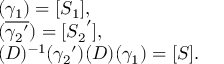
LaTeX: \left. \begin{array} { l } { { ( \gamma _ { 1 } ) = [ S _ { 1 } ] , } } \\ { { ( \overline { { { { \gamma _ { 2 } } ^ { \prime } } } } ) = [ { S _ { 2 } } ^ { \prime } ] , } } \\ { { ( D ) ^ { - 1 } ( { \gamma _ { 2 } } ^ { \prime } ) ( D ) ( \gamma _ { 1 } ) = [ S ] . } } \end{array} \right.